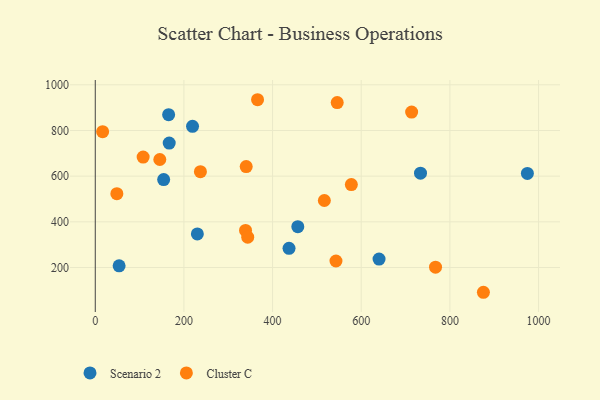
{"axis": {"x": "Experience", "y": "Sales"}, "legend": ["Cluster C", "Scenario 2"], "data": [{"x": "154.3", "y": 585.1, "type": "Scenario 2"}, {"x": "974.8", "y": 612.0, "type": "Scenario 2"}, {"x": "437.1", "y": 283.9, "type": "Scenario 2"}, {"x": "219.4", "y": 818.2, "type": "Scenario 2"}, {"x": "166.8", "y": 745.0, "type": "Scenario 2"}, {"x": "456.9", "y": 378.6, "type": "Scenario 2"}, {"x": "165.5", "y": 869.1, "type": "Scenario 2"}, {"x": "640.2", "y": 237.1, "type": "Scenario 2"}, {"x": "53.8", "y": 207.3, "type": "Scenario 2"}, {"x": "230.3", "y": 346.9, "type": "Scenario 2"}, {"x": "733.7", "y": 613.1, "type": "Scenario 2"}, {"x": "516.8", "y": 493.4, "type": "Cluster C"}, {"x": "48.7", "y": 523.4, "type": "Cluster C"}, {"x": "340.5", "y": 641.8, "type": "Cluster C"}, {"x": "339.0", "y": 362.2, "type": "Cluster C"}, {"x": "145.6", "y": 672.9, "type": "Cluster C"}, {"x": "366.1", "y": 934.6, "type": "Cluster C"}, {"x": "108.0", "y": 683.4, "type": "Cluster C"}, {"x": "875.6", "y": 91.6, "type": "Cluster C"}, {"x": "543.0", "y": 228.6, "type": "Cluster C"}, {"x": "237.2", "y": 619.7, "type": "Cluster C"}, {"x": "577.7", "y": 563.1, "type": "Cluster C"}, {"x": "343.9", "y": 332.9, "type": "Cluster C"}, {"x": "713.7", "y": 880.7, "type": "Cluster C"}, {"x": "767.6", "y": 201.4, "type": "Cluster C"}, {"x": "545.8", "y": 922.0, "type": "Cluster C"}, {"x": "16.6", "y": 794.6, "type": "Cluster C"}]}